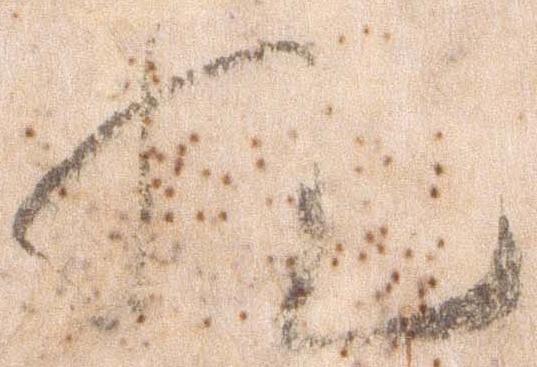
悦